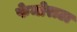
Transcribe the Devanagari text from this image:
फेमोराटा